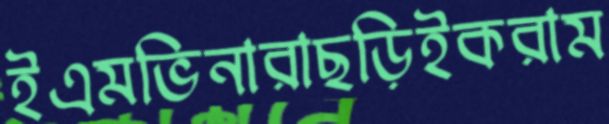
ইএমভিনারাছড়িইকরাম